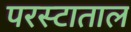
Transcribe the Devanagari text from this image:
परस्टाताल